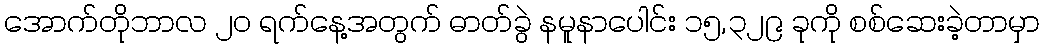
အောက်တိုဘာလ ၂၀ ရက်နေ့အတွက် ဓာတ်ခွဲ နမူနာပေါင်း ၁၅,၃၂၉ ခုကို စစ်ဆေးခဲ့တာမှာ